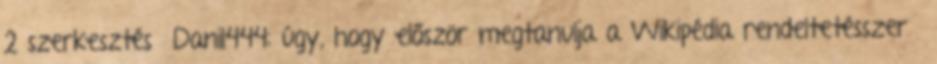
2 szerkesztés Danil444: úgy, hogy először megtanulja a Wikipédia rendeltetésszerű